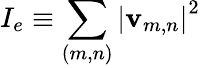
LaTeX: I_{e}\equiv\sum_{(m,n)}\left\lvert\mathbf{v}_{m,n}\right\rvert^{2}